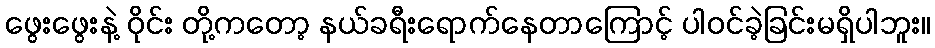
ဖွေးဖွေးနဲ့ ဝိုင်း တို့ကတော့ နယ်ခရီးရောက်နေတာကြောင့် ပါဝင်ခဲ့ခြင်းမရှိပါဘူး။